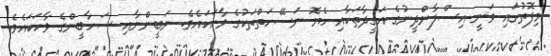
މިފޮތުގައި ވަނީ އިސްލާންދީނުގެ އަގީދާތަކާއި ހެޔޮ ނަސޭހަތްތަކުގެ ވާހަކައެވެ. ނަބީންނާއި ސަހާބީންގެ ވާހަކައެވެ.